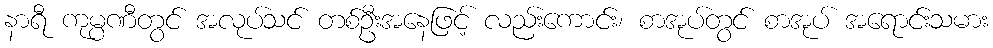
နာရီ ကုမ္ပဏီတွင် အလုပ်သင် တစ်ဦးအနေဖြင့် လည်းကောင်း၊ စာအုပ်တွင် စာအုပ် အရောင်းသမား